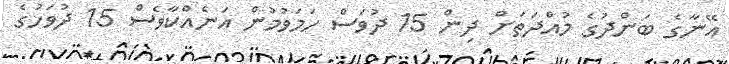
އޭނާގެ ބަންދުގެ މުއްދަތަށް ދިން 15 ދުވަސް ހަމަވުމުން އަނެއްކާވެސް 15 ދުވަހުގެ